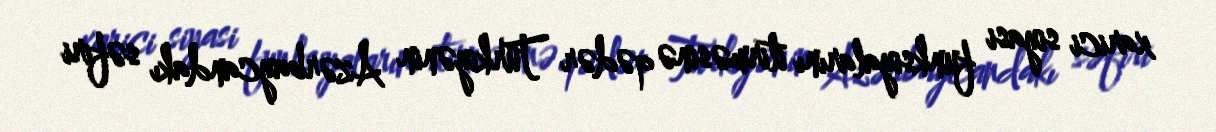
xarici siyasi funksiyalarını itirməsinə qədər Türkiyənin Azərbaycandakı səfiri